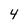
Character: 4